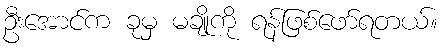
ဦးအောင်က ခုမှ မချိုကို ရန်ဖြစ်ဖော်ရတယ်။